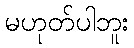
မဟုတ်ပါဘူး